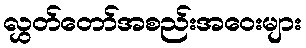
လွှတ်တော်အစည်းအဝေးများ